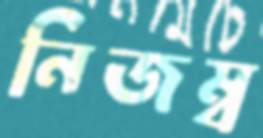
নিজম্ব